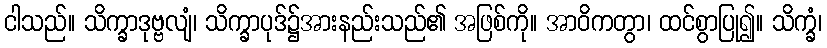
ငါသည်။ သိက္ခာဒုဗ္ဗလျံ၊ သိက္ခာပုဒ်၌အားနည်းသည်၏ အဖြစ်ကို။ အာဝိကတွာ၊ ထင်စွာပြု၍။ သိက္ခံ၊